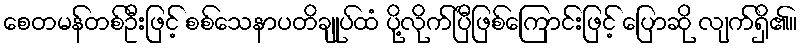
စေတမန်တစ်ဦးဖြင့် စစ်သေနာပတိချုပ်ထံ ပို့လိုက်ပြီဖြစ်ကြောင်းဖြင့် ပြောဆို လျက်ရှိ၏။